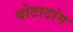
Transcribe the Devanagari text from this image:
वोटाटांग